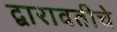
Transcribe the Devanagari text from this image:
द्वारावतीचे